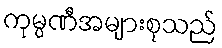
ကုမ္ပဏီအများစုသည်